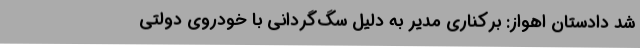
شد دادستان اهواز: برکناری مدیر به دلیل سگ‌گردانی با خودروی دولتی